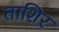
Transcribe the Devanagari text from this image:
ताशिर